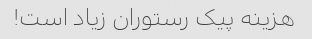
هزینه پیک رستوران زیاد است!